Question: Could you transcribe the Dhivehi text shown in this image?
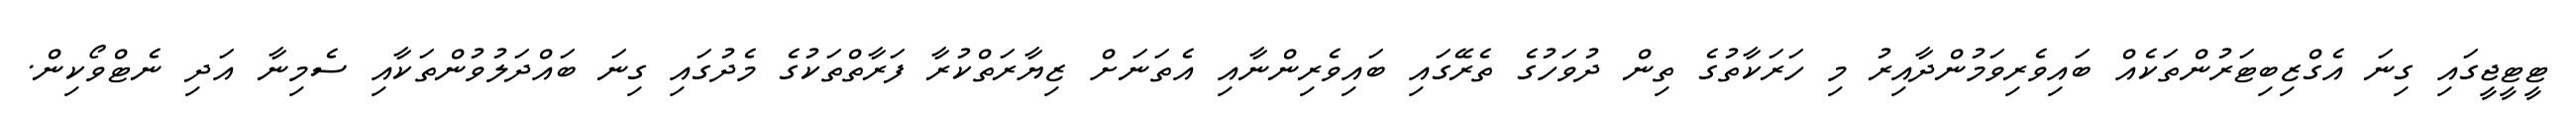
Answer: ޓީޓީޖީގައި ގިނަ އެގްޒިބިޓަރުންތަކެއް ބައިވެރިވަމުންދާއިރު މި ހަރަކާތުގެ ތިން ދުވަހުގެ ތެރޭގައި ބައިވެރިންނާއި އެތަނަށް ޒިޔާރަތްކުރާ ފަރާތްތަކުގެ މެދުގައި ގިނަ ބައްދަލުވުންތަކާއި ސެމިނާ އަދި ނެޓްވޯކިން.